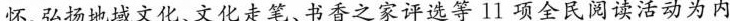
怀、弘扬地域文化、文化走笔、书香之家评选等l1项全民阅读活动为内